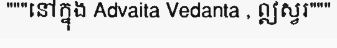
"""នៅក្នុង Advaita Vedanta , ឦស្វរ"""